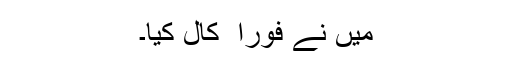
میں نے فوراَ َ کال کیا۔